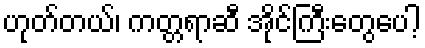
ဟုတ်တယ်၊ ကတ္တရာဆီ အိုင်ကြီးတွေပေါ့